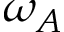
\omega _ { A }